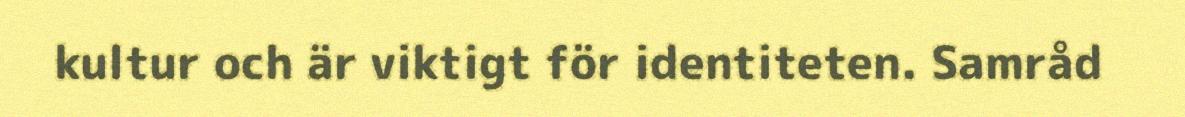
kultur och är viktigt för identiteten. Samråd